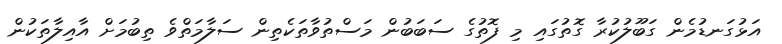
އަޅުގަނޑުމެން ގަބޫލުކުރާ ގޮތުގައި މި ފޮތުގެ ސަބަބުން މަސްތުވާތަކެތިން ސަލާމަތްވެ ތިބުމަށް އާއިލާތަކުން